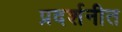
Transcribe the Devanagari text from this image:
प्रदर्शनीत